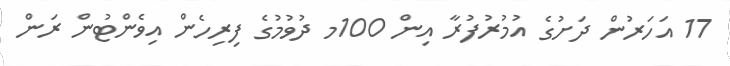
17 އަހަރުން ދަށުގެ އުމުރުފުރާ އިން 100މ ދުވުމުގެ ފިރިހެން އިވެންޓުން ރަން